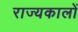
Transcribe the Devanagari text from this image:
राज्यकालों